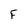
Character: F